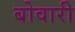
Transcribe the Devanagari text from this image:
बोवारी